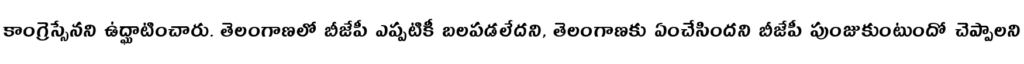
కాంగ్రెస్సేనని ఉద్ఘాటించారు. తెలంగాణలో బీజేపీ ఎప్పటికీ బలపడలేదని, తెలంగాణకు ఏంచేసిందని బీజేపీ పుంజుకుంటుందో చెప్పాలని